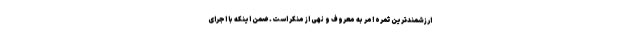
ارزشمندترین ثمره امر به معروف و نهی از منکر است. ضمن اینکه با اجرای